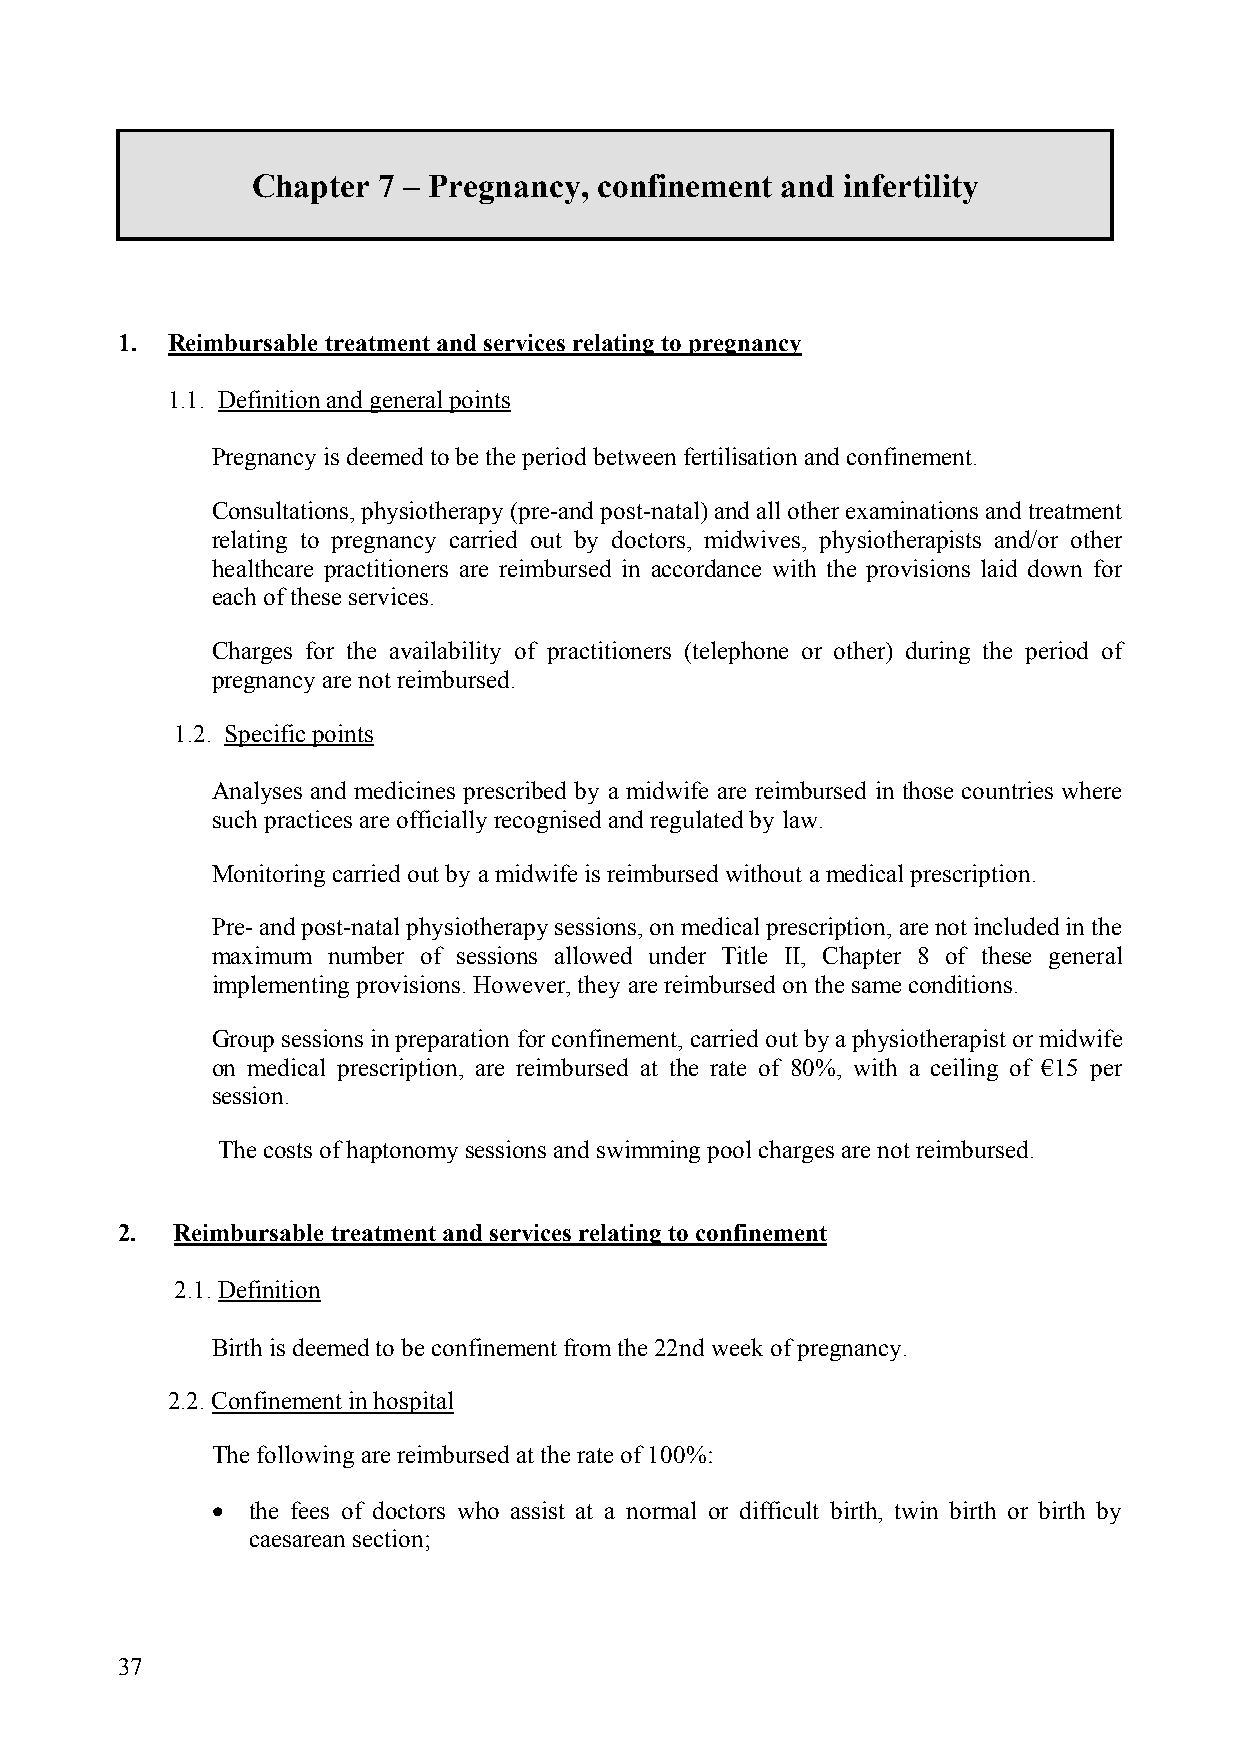
Chapter 7 – Pregnancy, confinement and infertility
 1. Reimbursable treatment and services relating to pregnancy
 1.1. Definition and general points
 Pregnancy is deemed to be the period between fertilisation and confinement.
 Consultations, physiotherapy (pre-and post-natal) and all other examinations and treatment
 relating to pregnancy carried out by doctors, midwives, physiotherapists and/or other
 healthcare practitioners are reimbursed in accordance with the provisions laid down for
 each of these services.
 Charges for the availability of practitioners (telephone or other) during the period of
 pregnancy are not reimbursed.
 1.2. Specific points
 Analyses and medicines prescribed by a midwife are reimbursed in those countries where
 such practices are officially recognised and regulated by law.
 Monitoring carried out by a midwife is reimbursed without a medical prescription.
 Pre- and post-natal physiotherapy sessions, on medical prescription, are not included in the
 maximum number of sessions allowed under Title II, Chapter 8 of these general
 implementing provisions. However, they are reimbursed on the same conditions.
 Group sessions in preparation for confinement, carried out by a physiotherapist or midwife
 on medical prescription, are reimbursed at the rate of 80%, with a ceiling of €15 per
 session.
 The costs of haptonomy sessions and swimming pool charges are not reimbursed.
 2.  Reimbursable treatment and services relating to confinement
 2.1. Definition
 Birth is deemed to be confinement from the 22nd week of pregnancy.
 2.2. Confinement in hospital
 The following are reimbursed at the rate of 100%:
 •  the fees of doctors who assist at a normal or difficult birth, twin birth or birth by
 caesarean section;
 37